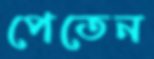
পেতেন